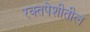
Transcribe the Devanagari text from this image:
रक्तपेशीतील